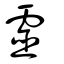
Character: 靈